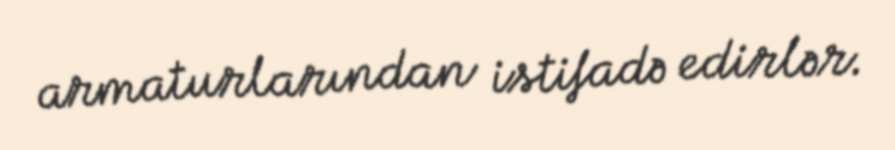
armaturlarından istifadə edirlər.